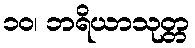
၁၀၊ ဘရိယာသုတ္တ